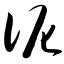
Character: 伲